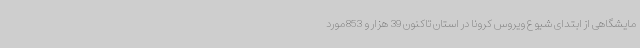
مایشگاهی از ابتدای شیوع ویروس کرونا در استان تاکنون 39 هزار و 853مورد